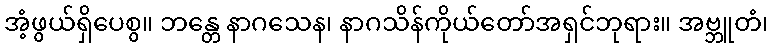
အံ့ဖွယ်ရှိပေစွ။ ဘန္တေ နာဂသေန၊ နာဂသိန်ကိုယ်တော်အရှင်ဘုရား။ အဗ္ဘူတံ၊